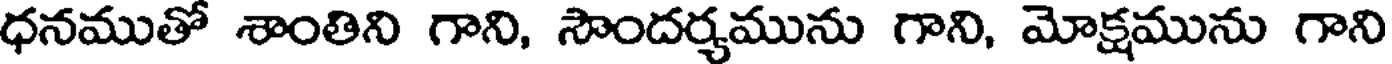
ధనముతో శాంతిని గాని, సౌందర్యమును గాని, మోక్షమును గాని